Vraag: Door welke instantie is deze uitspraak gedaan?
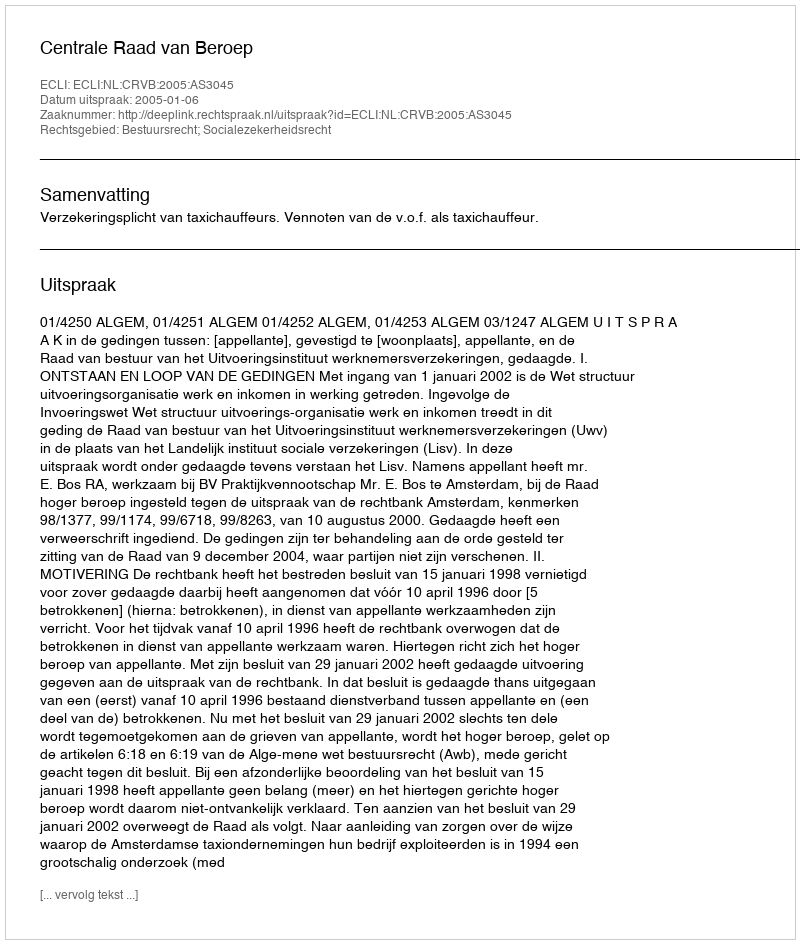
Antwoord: Centrale Raad van Beroep